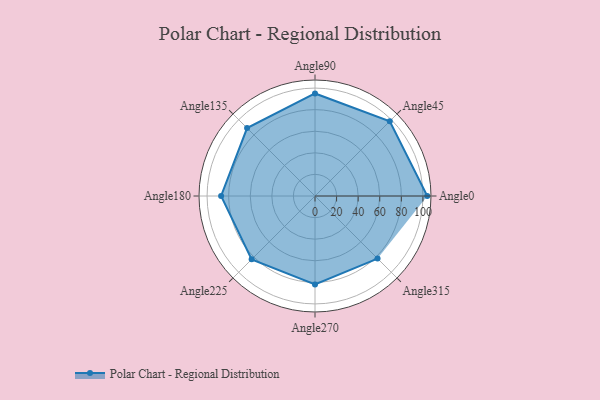
{"axis": {"x": "Angle", "y": "Radius"}, "legend": [""], "data": [{"x": "Angle0", "y": 104.0, "type": ""}, {"x": "Angle45", "y": 98.0, "type": ""}, {"x": "Angle90", "y": 95.0, "type": ""}, {"x": "Angle135", "y": 89.0, "type": ""}, {"x": "Angle180", "y": 87.0, "type": ""}, {"x": "Angle225", "y": 83.0, "type": ""}, {"x": "Angle270", "y": 82.0, "type": ""}, {"x": "Angle315", "y": 82.0, "type": ""}]}